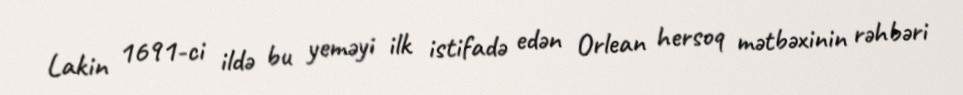
Lakin 1691-ci ildə bu yeməyi ilk istifadə edən Orlean hersoq mətbəxinin rəhbəri